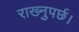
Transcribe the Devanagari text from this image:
राख्नुपर्छ।